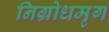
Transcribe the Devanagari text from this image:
निग्रोधमृग